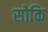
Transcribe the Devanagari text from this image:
सोकि